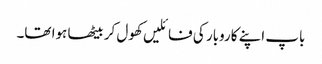
باپ اپنے کاروبار کی فائلیں کھول کر بیٹھا ہوا تھا۔